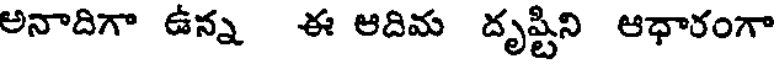
అనాదిగా ఉన్న ఈ ఆదిమ దృష్టిని ఆధారంగా